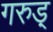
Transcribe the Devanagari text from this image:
गरुड़्